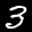
Label: 3